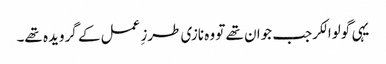
یہی گولوالکرجب جوان تھے تو وہ نازی طرزِ عمل کے گرویدہ تھے۔